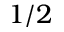
1 / 2